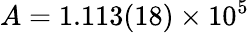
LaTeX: A=1.113(18)\times 10^{5}